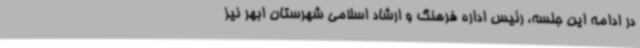
در ادامه این جلسه، رئیس اداره فرهنگ و ارشاد اسلامی شهرستان ابهر نیز